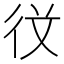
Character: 𭛣